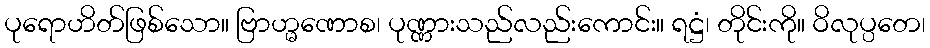
ပုရောဟိတ်ဖြစ်သော။ ဗြာဟ္မဏောစ၊ ပုဏ္ဏားသည်လည်းကောင်း။ ရဋ္ဌံ၊ တိုင်းကို။ ဝိလုပ္ပတေ၊